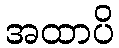
အထာပိ